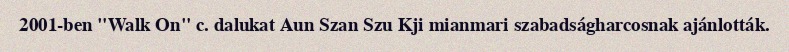
2001-ben "Walk On" c. dalukat Aun Szan Szu Kji mianmari szabadságharcosnak ajánlották.